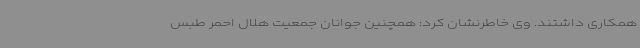
همکاری داشتند. وی خاطرنشان کرد: همچنین جوانان جمعیت هلال احمر طبس